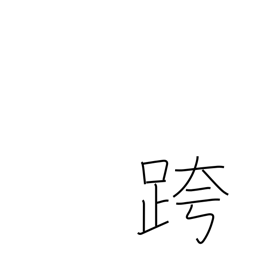
Meaning: straddle